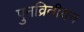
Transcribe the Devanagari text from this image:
पुनव्रितीयन